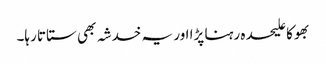
بھوکا علیحدہ رہنا پڑا اور یہ خدشہ بھی ستاتا رہا۔